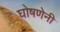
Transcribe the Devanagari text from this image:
घोषणेनी